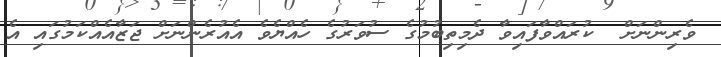
ވެރިންނަށް  ކުރައްވާފައިވާ ދެމިތިބުމުގެ ސުވަރުގެ ހެއްޔެވެ އެއުރެންނަށް ޖަޒާއެއްކަމުގައި އެ